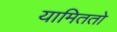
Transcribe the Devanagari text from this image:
यामिततो